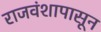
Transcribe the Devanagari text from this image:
राजवंशापासून